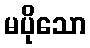
မပိုသော